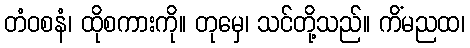
တံဝစနံ၊ ထိုစကားကို။ တုမှေ၊ သင်တို့သည်။ ကိံမညထ၊